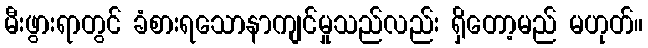
မီးဖွားရာတွင် ခံစားရသောနာကျင်မှုသည်လည်း ရှိတော့မည် မဟုတ်။